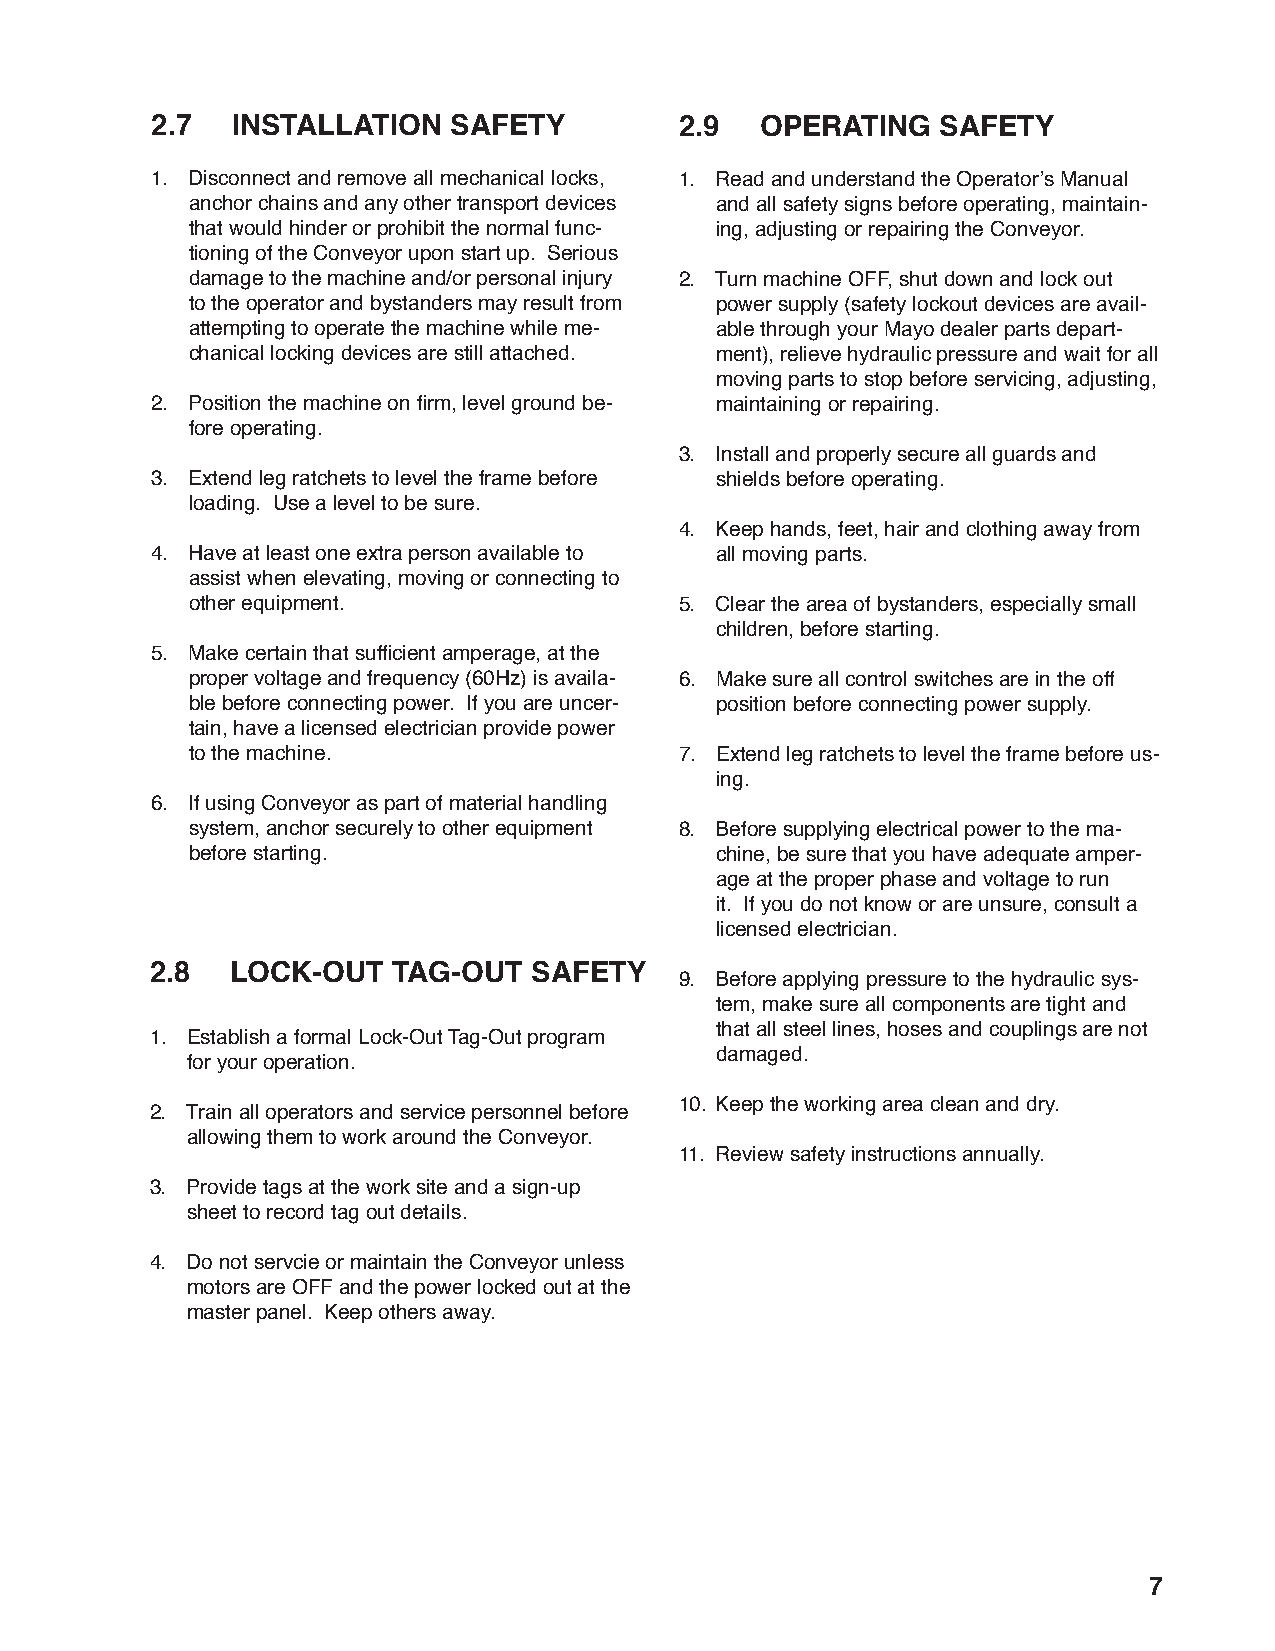
2.7  INSTALLATION   SAFETY         2.9  OPERATING   SAFETY
 1. Disconnect and remove all mechanical locks, 1. Read and understand the Operator’s Manual
 anchor chains and any other transport devices and all safety signs before operating, maintain-
 that would hinder or prohibit the normal func- ing, adjusting or repairing the Conveyor.
 tioning of the Conveyor upon start up. Serious
 damage to the machine and/or personal injury 2. Turn machine OFF, shut down and lock out
 to the operator and bystanders may result from power supply (safety lockout devices are avail-
 attempting to operate the machine while me- able through your Mayo dealer parts depart-
 chanical locking devices are still attached. ment), relieve hydraulic pressure and wait for all
 moving parts to stop before servicing, adjusting,
 2. Position the machine on fi rm, level ground be- maintaining or repairing.
 fore operating.
 3. Install and properly secure all guards and
 3. Extend leg ratchets to level the frame before shields before operating.
 loading. Use a level to be sure.
 4. Keep hands, feet, hair and clothing away from
 4. Have at least one extra person available to all moving parts.
 assist when elevating, moving or connecting to
 other equipment.                5. Clear the area of bystanders, especially small
 children, before starting.
 5. Make certain that suffi cient amperage, at the
 proper voltage and frequency (60Hz) is availa- 6. Make sure all control switches are in the off
 ble before connecting power. If you are uncer- position before connecting power supply.
 tain, have a licensed electrician provide power
 to the machine.                 7. Extend leg ratchets to level the frame before us-
 ing.
 6. If using Conveyor as part of material handling
 system, anchor securely to other equipment 8. Before supplying electrical power to the ma-
 before starting.                  chine, be sure that you have adequate amper-
 age at the proper phase and voltage to run
 it. If you do not know or are unsure, consult a
 licensed electrician.
 2.8  LOCK-OUT   TAG-OUT  SAFETY
 9. Before applying pressure to the hydraulic sys-
 tem, make sure all components are tight and
 that all steel lines, hoses and couplings are not
 1. Establish a formal Lock-Out Tag-Out program
 damaged.
 for your operation.
 10. Keep the working area clean and dry.
 2. Train all operators and service personnel before
 allowing them to work around the Conveyor.
 11. Review safety instructions annually.
 3. Provide tags at the work site and a sign-up
 sheet to record tag out details.
 4. Do not servcie or maintain the Conveyor unless
 motors are OFF and the power locked out at the
 master panel. Keep others away.
 7